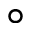
\circ